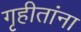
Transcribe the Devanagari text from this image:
गृहीतांना